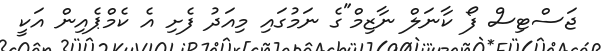
ޖަސްޓިސް ފޯ ކާނަލް ނާޒިމް"ގެ ނަމުގައި މިއަދު ފެށި އެ ކެމްޕެއިން އަކީ